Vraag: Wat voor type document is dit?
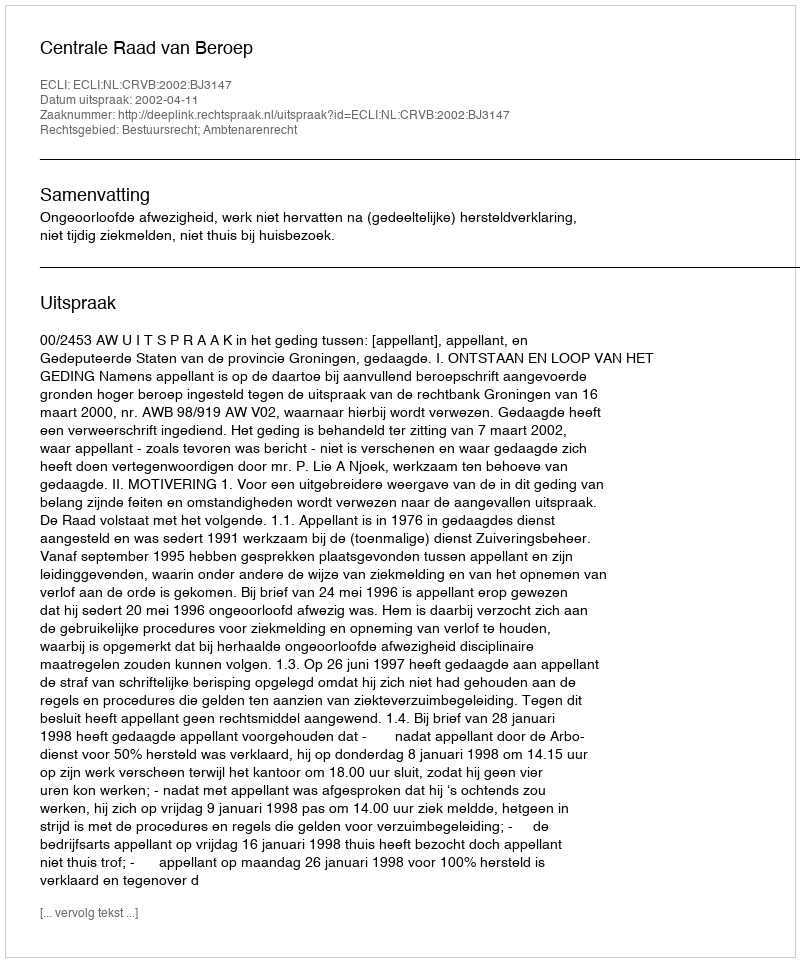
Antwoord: Uitspraak